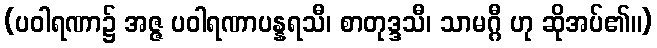
(ပဝါရဏာ၌ အဇ္ဇ ပဝါရဏာပန္နရသီ၊ စာတုဒ္ဒသီ၊ သာမဂ္ဂီ ဟု ဆိုအပ်၏။)